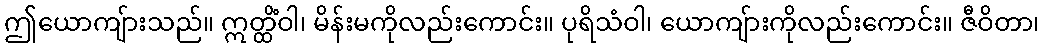
ဤယောကျ်ားသည်။ ဣတ္ထိံဝါ၊ မိန်းမကိုလည်းကောင်း။ ပုရိသံဝါ၊ ယောကျ်ားကိုလည်းကောင်း။ ဇီဝိတာ၊